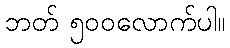
ဘတ် ၅၀၀လောက်ပါ။